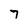
Character: 7